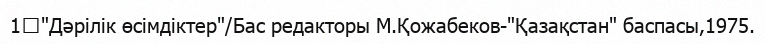
1↑"Дәрілік өсімдіктер"/Бас редакторы М.Қожабеков-"Қазақстан" баспасы,1975.